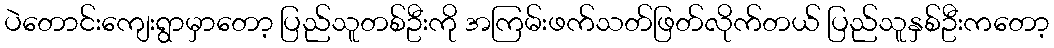
ပဲတောင်းကျေးရွာမှာတော့ ပြည်သူတစ်ဦးကို အကြမ်းဖက်သတ်ဖြတ်လိုက်တယ် ပြည်သူနှစ်ဦးကတော့